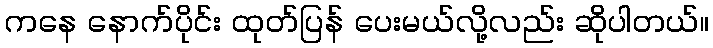
ကနေ နောက်ပိုင်း ထုတ်ပြန် ပေးမယ်လို့လည်း ဆိုပါတယ်။